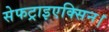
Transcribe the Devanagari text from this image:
सेफट्राइएक्सिन।